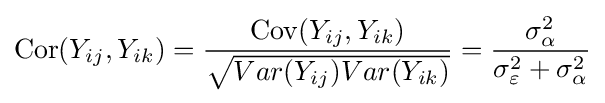
{\text{Cor}}(Y_{ij},Y_{ik})={\frac {{\text{Cov}}(Y_{ij},Y_{ik})}{\sqrt {Var(Y_{ij})Var(Y_{ik})}}}={\frac {\sigma _{\alpha }^{2}}{\sigma _{\varepsilon }^{2}+\sigma _{\alpha }^{2}}}